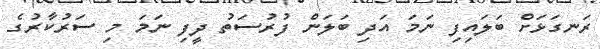
ރަނގަޅަށް ބަލައިފި ނަމަ އަދި ބަލަން ފުރުސަތު ދީފި ނަމަ މި ސަރުކާރުގެ